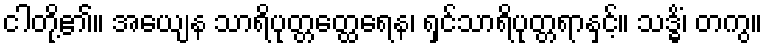
ငါတို့၏။ အယျေန သာရိပုတ္တတ္ထေရေန၊ ရှင်သာရိပုတ္တရာနှင့်။ သဒ္ဓိံ၊ တကွ။